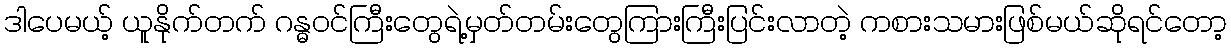
ဒါပေမယ့် ယူနိုက်တက် ဂန္ဓဝင်ကြီးတွေရဲ့မှတ်တမ်းတွေကြားကြီးပြင်းလာတဲ့ ကစားသမားဖြစ်မယ်ဆိုရင်တော့